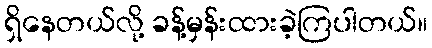
ရှိနေတယ်လို့ ခန့်မှန်းထားခဲ့ကြပါတယ်။